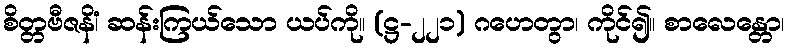
စိတ္တဗီဇနိံ၊ ဆန်းကြယ်သော ယပ်ကို။ (ဋ္ဌ-၂၂၁) ဂဟေတွာ၊ ကိုင်၍။ စာလေန္တော၊